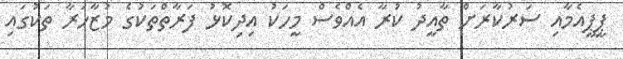
ޕީޕީއެމާއި ސަރުކާރަށް ތާއީދު ކުރާ އެއްވެސް މީހަކު އިދިކޮޅު ފަރާތްތަކުގެ މުޒާހަރާ ތަކުގައި